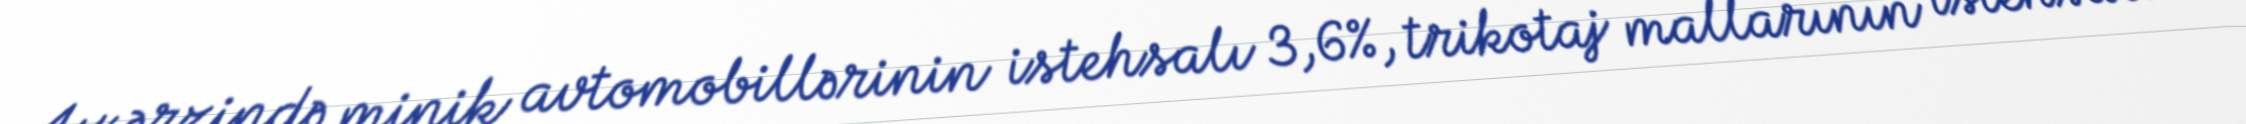
Ay ərzində minik avtomobillərinin istehsalı 3,6%, trikotaj mallarının istehsalı